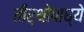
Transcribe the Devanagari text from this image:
तीर्थोपाध्ये